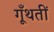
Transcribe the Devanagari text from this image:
गूँथतीं